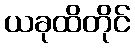
ယခုထိတိုင်